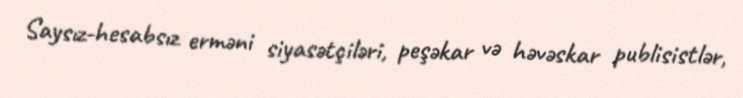
Saysız-hesabsız erməni siyasətçiləri, peşəkar və həvəskar publisistlər,